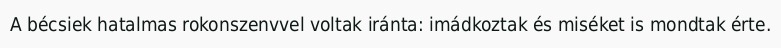
A bécsiek hatalmas rokonszenvvel voltak iránta: imádkoztak és miséket is mondtak érte.